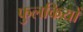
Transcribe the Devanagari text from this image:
फुलकियों